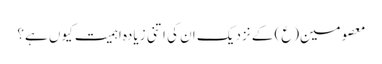
معصومین(ع) کے نزدیک ان کی اتنی زیادہ اہمیت کیوں ہے؟